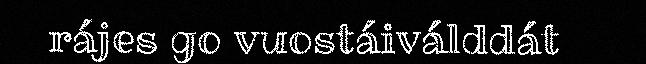
rájes go vuostáiválddát